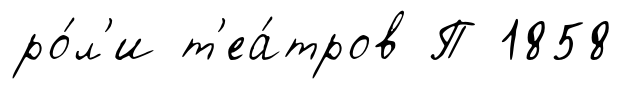
ро́л'и т'еа́тров П 1858